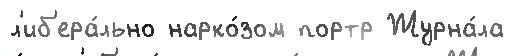
л'иб'ера́льно нарко́зом портр Журна́ла